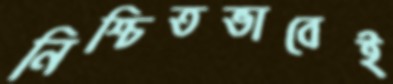
নিশ্চিতভাবেই